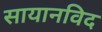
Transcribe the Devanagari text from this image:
सायानविद